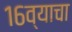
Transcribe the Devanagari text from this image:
१६व्याचा